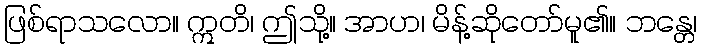
ဖြစ်ရာသလော။ ဣတိ၊ ဤသို့။ အာဟ၊ မိန့်ဆိုတော်မူ၏။ ဘန္တေ၊